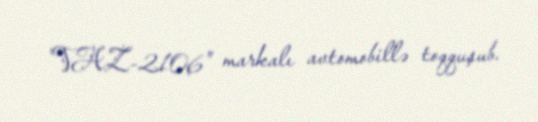
"VAZ-2106" markalı avtomobillə toqquşub.